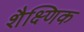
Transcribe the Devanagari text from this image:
शैक्ष्णिक